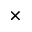
\times